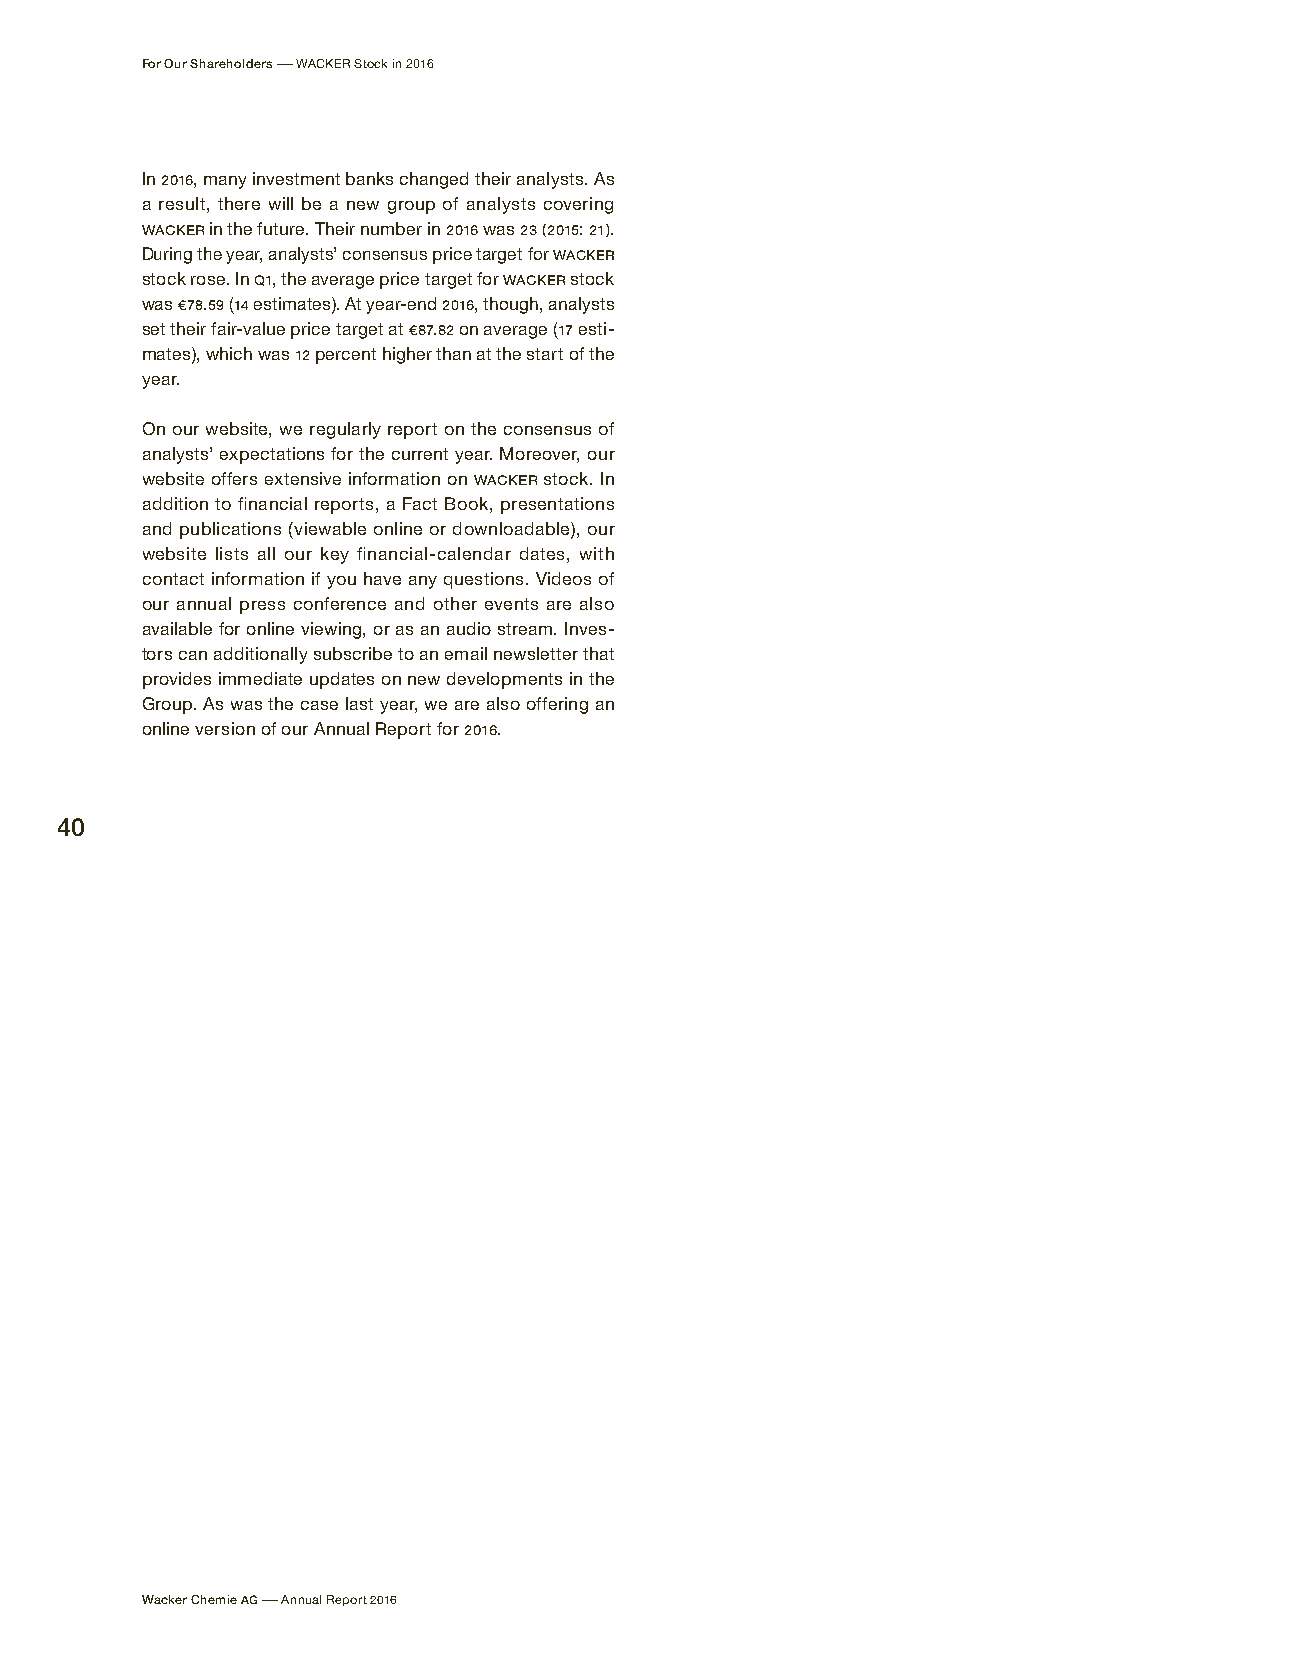
For Our Shareholders – WACKER Stock in 2016
 In 2016, many investment banks changed their analysts. As
 a result, there will be a new group of analysts covering
 WACKER in the future. Their number in 2016 was 23 (2015: 21).
 During the year, analysts’ consensus price target for WACKER
 stock rose. In Q1, the average price target for WACKER stock
 was € 78.59 (14 estimates). At year-end 2016, though, analysts
 set their fair-value price target at € 87.82 on average (17 esti-
 mates), which was 12 percent higher than at the start of the
 year.
 On our website, we regularly report on the consensus of
 analysts’ expectations for the current year. Moreover, our
 website offers extensive information on WACKER stock. In
 addition to financial reports, a Fact Book, presentations
 and publications (viewable online or downloadable), our
 website lists all our key financial-calendar dates, with
 contact information if you have any questions. Videos of
 our annual press conference and other events are also
 available for online viewing, or as an audio stream. Inves-
 tors can additionally subscribe to an email newsletter that
 provides immediate updates on new developments in the
 Group. As was the case last year, we are also offering an
 online version of our Annual Report for 2016.
 40
 Wacker Chemie AG – Annual Report 2016